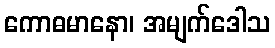
ကောဓမာနော၊ အမျက်ဒေါသ